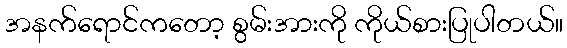
အနက်ရောင်ကတော့ စွမ်းအားကို ကိုယ်စားပြုပါတယ်။